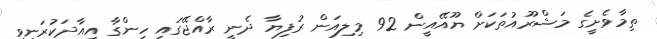
ތިމާވެށީގެ މަޝްރޫއުތަކަށް ޔޫއޭއީން 92 މިލިއަން ރުފިޔާ ދެނީ ރާއްޖޭގައި ހިންގާ އިއާދަކުރަނިވި